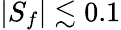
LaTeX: |S_{f}|\lesssim 0.1